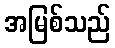
အမြစ်သည်